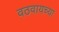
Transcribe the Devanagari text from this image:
वठवायच्या